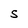
Character: S